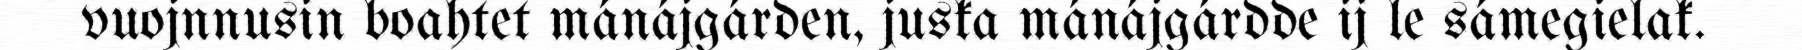
vuojnnusin boahtet mánájgárden, juska mánájgárdde ij le sámegielak.